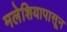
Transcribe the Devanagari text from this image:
मलेशियापासून